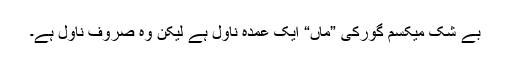
بے شک میکسم گورکی ”ماں“ ایک عمدہ ناول ہے لیکن وہ صروف ناول ہے۔